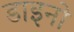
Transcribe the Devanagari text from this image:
डाइनो